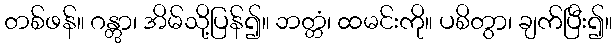
တစ်ဖန်။ ဂန္တွာ၊ အိမ်သို့ပြန်၍။ ဘတ္တံ၊ ထမင်းကို။ ပစိတွာ၊ ချက်ပြီး၍။